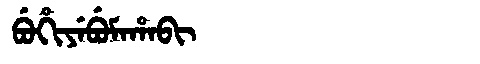
Manchu: ᠪᡠᡥᡳᠶᡝᠪᡠᠮᠠᡥᠠᠪᡳ
Romanization: BUHIYEBUMAHABI